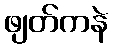
ဖျတ်ကနဲ